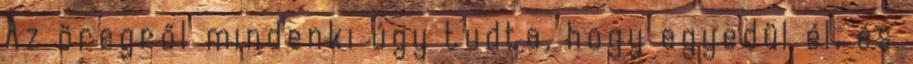
Az öregről mindenki úgy tudta, hogy egyedül él, és